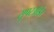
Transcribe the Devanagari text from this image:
सुपरऑर्डर